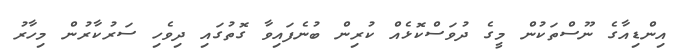
އިންޑިއާގެ ނޫސްތަކުން މީގެ ދުވަސްކޮޅެއް ކުރިން ބުނެފައިވާ ގޮތުގައި ދިވެހި ސަރުކާރުން މިހާރު